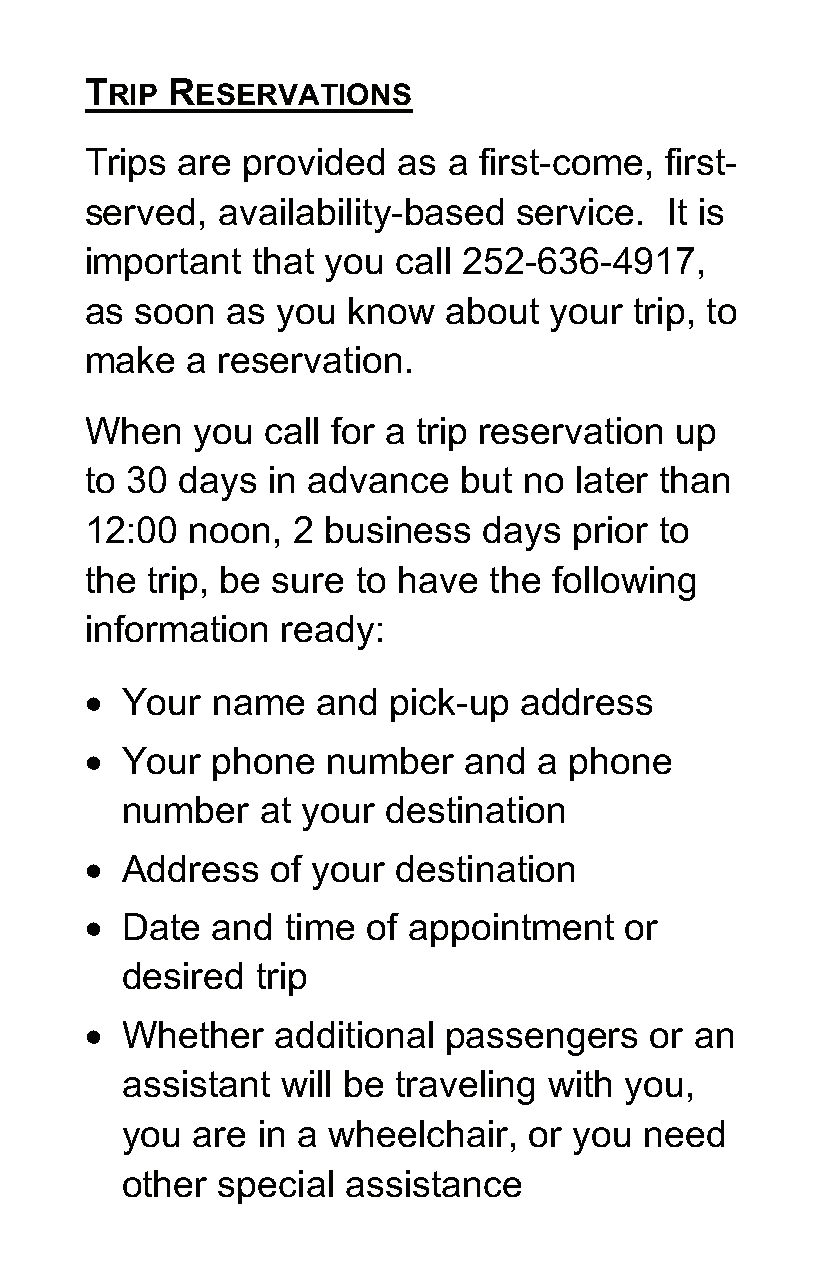
CARTS TRANSPORTATION PROVIDES TSReIPr vRicEeSsE aRrVeA pTIrOoNvSid ed Monday through PERSONAL CARE ASSISTANTS
 SHARED-RIDE SERVICES FOR: Friday except certain Holidays.   A Personal   Care  Assistant  (PCA)  may
 Trips are provided  as  a first-come, first-
 ride with you. Be  sure  to tell the call-
 GEN ERAL TRIPS sPerleveadse, acvaalli ltahbeil iCtyA-bRaTsSe dO sffeicrvei cbee.t w Ite iesn
 taker if a PCA  will be riding with you,
 The general public can use CARTS
 important 7th:1a5t yAoMu acnadll 255:125-6 P3M6- 4917,
 when   you make   your  reservation.
 as soon  as you  know  about  your  trip, to
 Transportation services for shopping,
 for available trip hours and  fare
 make  a reservation.
 bill paying, going to and from work, and
 information.
 other trips. When you call for a trip reservation up        CANCELLATIONS
 252-636-4917
 to 30 days  in advance  but  no later than
 MEDICAL TRIPS                                               To  cancel  your ride, call 252-636-4917
 12H:0e0a rninogo nIm, 2p abiuresdin ceussst odmayesr sp rmioary t oc all
 CARTS passengers can ride to doctors'                       before  5:00 the  business  day  prior to
 the trip, be sNuCre rteol ahya nveu mthbee fro llowing
 offices, hospitals, clinics, dentists, and                  your  pickup.
 information  ready:
 other health-related visits.
 1-800-735-2962    or Dial 7-1-1
 • Your  name   and  pick-up address
 ELDERLY / DISABLED TRANSPORTATION
 To  file Complaint/Comments     please
 Transportation for elderly and or • Your phone number and a phone
 contact:
 disabled passengers is provided within number at your destination
 CARTS     Director
 our service area. Contact CARTS for
 • Address   of your destination
 information about this grant funded 2822 Neuse Blvd, New Bern NC
 • Date  and  time of appointment   or
 program.                 28562
 desired  trip
 FARE INFORMATION
 • Whether   additional passengers    or an
 Please have the correct fare available
 assistant  will be traveling with you,
 upon boarding the vehicle. CARTS
 you  are in a wheelchair,  or you  need
 drivers do not make change.
 other special  assistance
 CANCELLATIONS